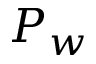
P _ { w }